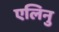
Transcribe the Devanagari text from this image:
एलिनु